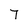
Character: 7